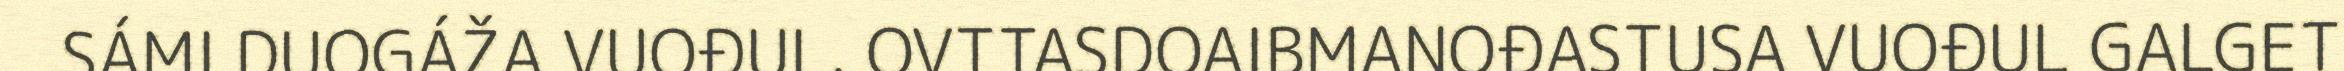
SÁMI DUOGÁŽA VUOĐUL. OVTTASDOAIBMANOĐASTUSA VUOĐUL GALGET